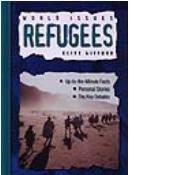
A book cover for Refugees (World Issues); Clive Gifford; Teen & Young Adult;